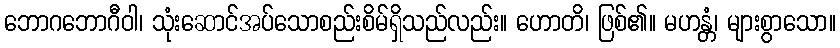
ဘောဂဘောဂီဝါ၊ သုံးဆောင်အပ်သောစည်းစိမ်ရှိသည်လည်း။ ဟောတိ၊ ဖြစ်၏။ မဟန္တံ၊ များစွာသော။